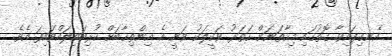
އެނގިފައިވާ ގޮތުގައި މިހާތަނަށް ހަތަރު ވަކީލަކު ވަނީ އެ އިންތިޚާބަށް ކުރިމަތިލައްވައިފަ އެވެ.